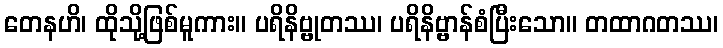
တေနဟိ၊ ထိုသို့ဖြစ်မူကား။ ပရိနိဗ္ဗုတဿ၊ ပရိနိဗ္ဗာန်စံပြီးသော။ တထာဂတဿ၊